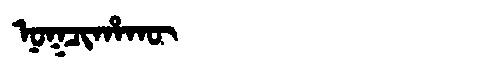
Manchu: ᠨᠣᡴᠴᡳᡥᠠᡴᡡ
Romanization: NOKCIHAKŪ